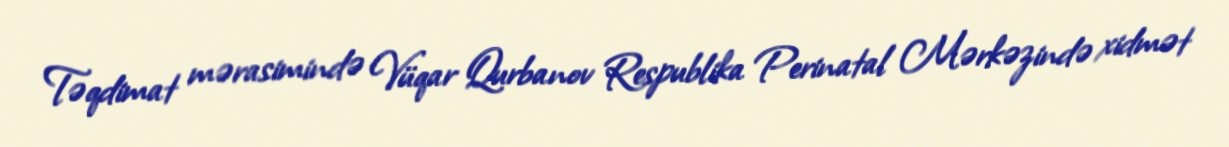
Təqdimat mərasimində Vüqar Qurbanov Respublika Perinatal Mərkəzində xidmət